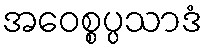
အဝေစ္စပ္ပသာဒံ